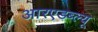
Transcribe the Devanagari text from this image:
आरएडब्ल्यू